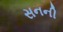
સનની